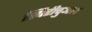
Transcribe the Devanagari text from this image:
स्पिरीचुअल